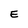
Character: E